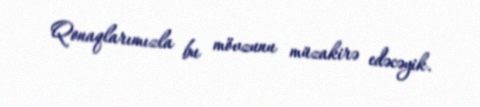
Qonaqlarımızla bu mövzunu müzakirə edəcəyik.